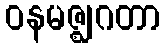
ဝနမဇ္ဈဂတာ